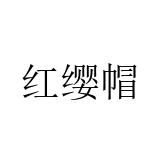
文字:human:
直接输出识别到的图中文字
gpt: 红缨帽